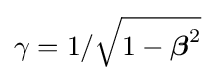
\gamma =1/{\sqrt {1-{\boldsymbol {\beta }}^{2}}}